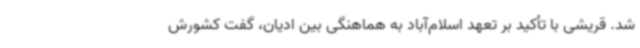
شد. قریشی با تأکید بر تعهد اسلام‌آباد به هماهنگی بین ادیان، گفت کشورش